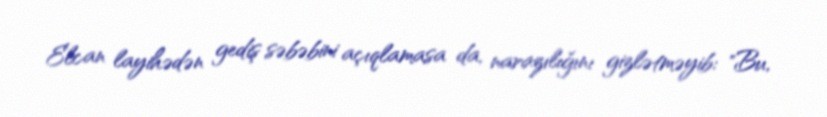
Elcan layihədən gediş səbəbini açıqlamasa da, narazılığını gizlətməyib: "Bu,